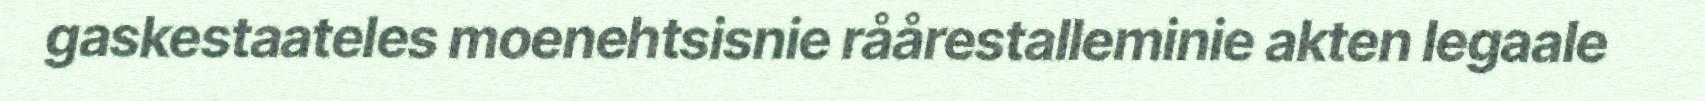
gaskestaateles moenehtsisnie råårestalleminie akten legaale